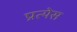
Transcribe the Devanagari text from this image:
प्रत्येस